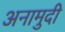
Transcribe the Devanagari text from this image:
अनामुदी